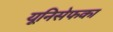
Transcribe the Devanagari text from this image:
यूनिसेफका